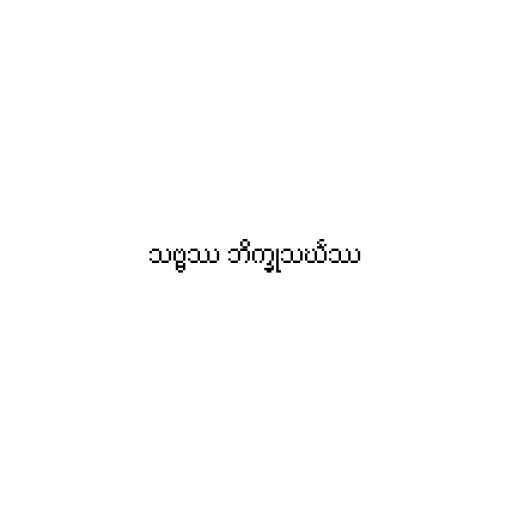
သဗ္ဗဿ ဘိက္ခုသင်္ဃဿ